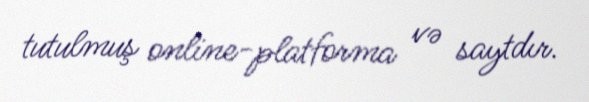
tutulmuş online-platforma və saytdır.